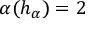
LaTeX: \alpha ( h _ { \alpha } ) = 2